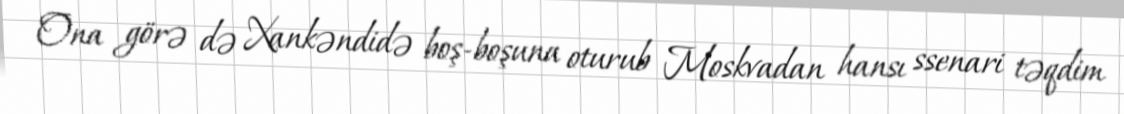
Ona görə də Xankəndidə boş-boşuna oturub Moskvadan hansı ssenari təqdim